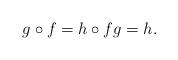
LaTeX: \begin{align*}g \circ f = h \circ f g= h.\end{align*}